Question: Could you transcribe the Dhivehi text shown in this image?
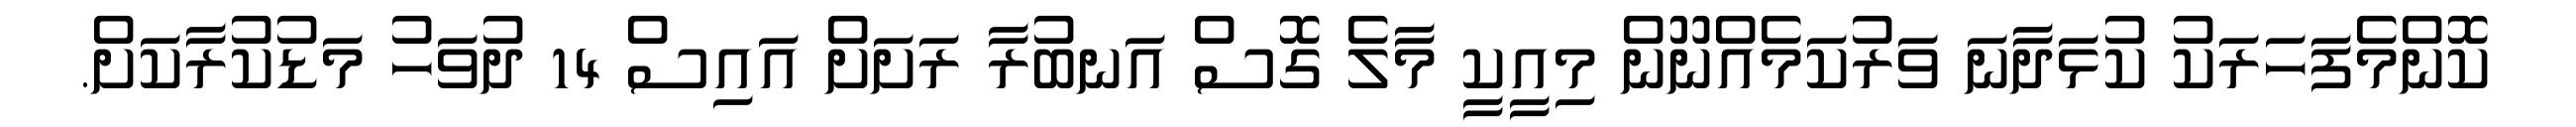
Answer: ކޮންމެފަހަރަކު ކުޅަދާނަ ވަރުކަމެއްނޫން މިއީކީ މާލެ ގޮސް އަނބުރާ ރަށަށް އައިސް 14 ދުވަހު މަޑުކުރާކަށް.